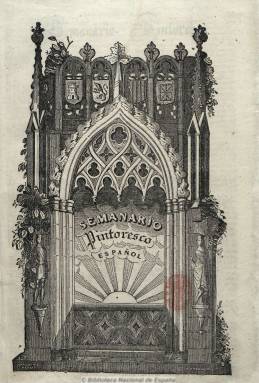
Título: Semanario pintoresco español
Otros títulos: Semanario pintoresco
Colección: Semanarios de amenidades || Arte || Literatura
Ámbito geográfico: Madrid
Lugar de publicación: Madrid
Fechas: 01/04/1836-20/12/1857

Fundado por Mesonero Romanos en 1836, que en su prospecto define el modelo de “almacén pintoresco” que triunfaba en Inglaterra y Francia con cuatro notas: apoliticismo, instrucción, variedad y baratura. Para conseguir llevar a cabo este proyecto, importó de Francia su prensa mecánica, que suponía un gran avance técnico respecto a las prensas anteriores; introdujo el grabado xilográfico que permite imprimir el grabado al mismo tiempo que el texto y soporta indefinidas copias. Opuesto tanto al Romanticismo como al Clasicismo, respecto a los temas  a tratar se propuso “popularizar entre la multitud aquellos conocimientos útiles o agradables” de las ciencias, las letras y las artes. Alcanzó una difusión insólita para la época, seis mil suscriptores, y fue ampliamente imitado por otras publicaciones posteriores.

En el Semanario escribieron autores como Gil y Zárate, Bretón de los Herreros, Hartzenbusch, Carolina Coronado, Fernán Caballero, Lafuente y los poetas Zorrilla, Bermúdez de Castro, Enrique Gil, etc. En cuanto a sus grabadores, destacan los Madrazo, Lameyer, Alejandro Ferrán, Félix Batanero o Calixto Ortega y sobresale la figura de Vicente Castelló con obras como “Carrera de caballos en la Real Casa de Campo” (1846, p. 152).

La revista se organizaba en unas secciones fijas como “Costumbres”, “España pintoresca”, “Bellas Artes”, “Crítica literaria”, etc.

Existe además un volumen de índices, publicado por José Simón Díaz en 1946, que no se incluye en las imágenes de Hemeroteca Digital.